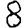
Digit: 8